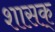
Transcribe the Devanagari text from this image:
शासक्